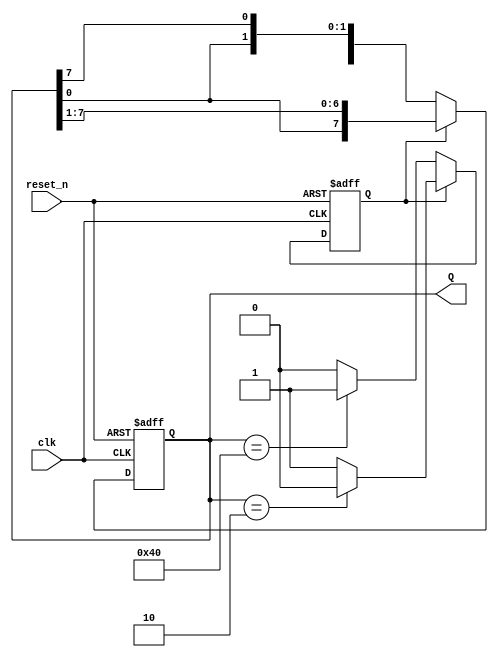
/*
    Wang Nengzhi
    U201713082
    SES1701
*/

module bi_register_8
(
    input       clk,        // 1Hz clock
    input       reset_n,    // reset signal, 0 is effect
    output reg  [7:0] Q     // parallel output
);

    reg dir;        // Data Direction Register

    always @(posedge clk or negedge reset_n)
    begin
        if (~reset_n)
        // reset register
        begin
            Q <= 8'b0000_0001;
            dir <= 1'b0;
        end
        else if (dir == 1'b0)
        // left shift
        begin
            Q <= {Q[6:0], Q[7]};
            if (Q == 8'b0100_0000)
                // change direction
                dir <= 1'b1;
            else
                dir <= 1'b0;      
        end
        else if (dir == 1'b1)
        // right shift
        begin
            Q <= {Q[0], Q[7:1]};
            if (Q == 8'b0000_0010)
                // change direction
                dir <= 1'b0;
            else
                dir <= 1'b1; 
           
        end
    end

endmodule